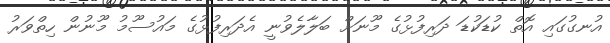
އުނގުގައި އޮތް ކުޑަކުޑަ ދަރިފުޅުގެ މޫނަށް ބަލާލެވުނީ އެދަރިފުޅުގެ މައުސޫމު މޫނުން ހިތްވަރު